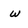
Character: w